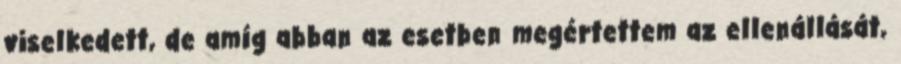
viselkedett, de amíg abban az esetben megértettem az ellenállását,